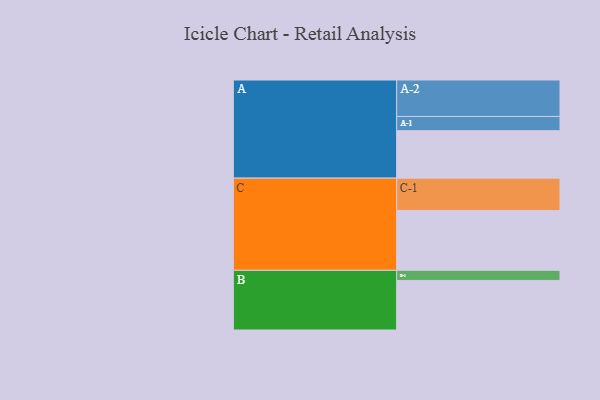
{"axis": {"x": "Segment", "y": "Value"}, "legend": ["", "A", "B", "C"], "data": [{"x": "A", "y": 333, "type": ""}, {"x": "B", "y": 348, "type": ""}, {"x": "C", "y": 420, "type": ""}, {"x": "A-1", "y": 100, "type": "A"}, {"x": "A-2", "y": 256, "type": "A"}, {"x": "B-1", "y": 71, "type": "B"}, {"x": "C-1", "y": 227, "type": "C"}]}